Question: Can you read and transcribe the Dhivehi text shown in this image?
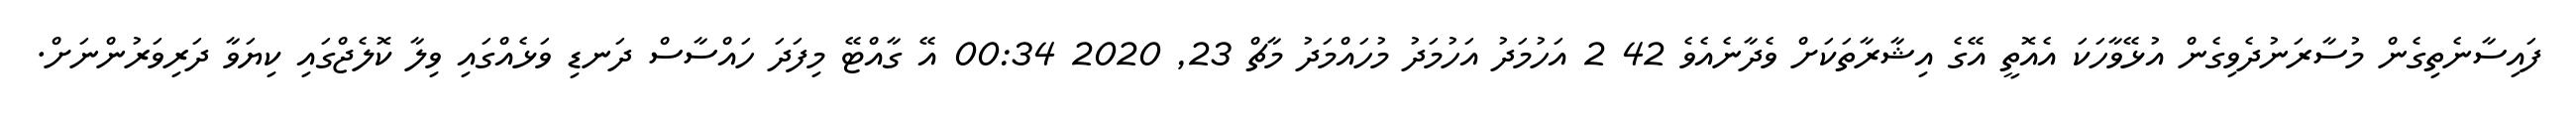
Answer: ފައިސާނެތިގެން މުސާރަނުދެވިގެން އުޅޭވާހަކަ އެއޮތީ އޭގެ އިޝާރާތަކަށް ވެދާނެއެވެ 42 2 އަހުމަދު އަހުމަދު މުހައްމަދު މާޗް 23, 2020 00:34 އޭ ގާއްޓޭ މިފަދަ ހައްސާސް ދަނޑި ވަޅެއްގައި ވިލާ ކޮލެޖްގައި ކިޔަވާ ދަރިވަރުންނަށް.